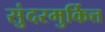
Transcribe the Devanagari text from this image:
सुंदरमुर्कित्त